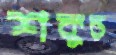
শকুন্ত